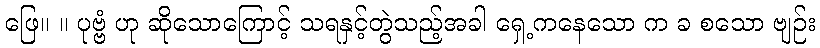
ဖြေ။ ။ ပုဗ္ဗံ ဟု ဆိုသောကြောင့် သရနှင့်တွဲသည့်အခါ ရှေ့ကနေသော က ခ စသော ဗျဉ်း